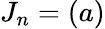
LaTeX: J_{n}=(a)